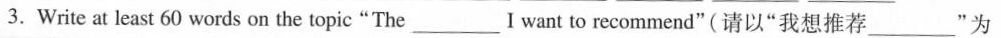
3.Wrie at least60words on the topic“The___Iwant to recommend”(请以”我想推荐___”为